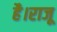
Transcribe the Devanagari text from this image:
है।राजू